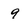
Character: 9